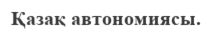
Қазақ автономиясы.